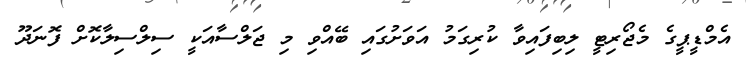
އެމްޑީޕީގެ މެޖޯރިޓީ ލިބިފައިވާ ކުރިގަމު އަވަށުގައި ބޭއްވި މި ޖަލްސާއަކީ ސިލްސިލާކޮށް ފޮނަދޫ